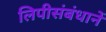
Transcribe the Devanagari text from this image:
लिपीसंबंधानें